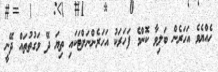
ހެއްޔެވެ އަހަރެން ބަލިވާ ކޮންމެ ފަހަރަކު އަހަރެންނަށްޓަކައި ތިޔަ ދޭ ވަގުތުތައް ދޭނީ